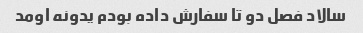
سالاد فصل دو تا سفارش داده بودم یدونه اومد